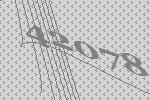
42078